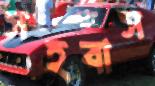
সহবাস